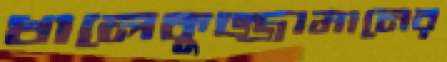
খালেকুজ্জামানের